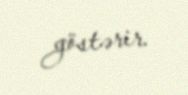
göstərir.